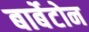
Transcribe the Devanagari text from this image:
बार्बेटोन